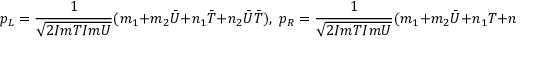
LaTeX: { p _ { L } } = \frac { 1 } { \sqrt { 2 I m T I m U } } ( m _ { 1 } + m _ { 2 } { \bar { U } } + n _ { 1 } { \bar { T } } + n _ { 2 } { \bar { U } } { \bar { T } } ) , \; p _ { R } = \frac { 1 } { \sqrt { 2 I m T I m U } } ( m _ { 1 } + m _ { 2 } { \bar { U } } + n _ { 1 } T + n _ { 2 } T { \bar { U } } ) ,